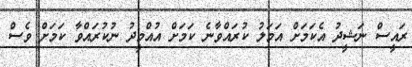
ރައީސް ނަޝީދު އެކަމަށް އަމަލު ކުރައްވާނެ ކަމަށް އުއްމީދު ނުކުރައްވާ ކަމަށް ވެސް